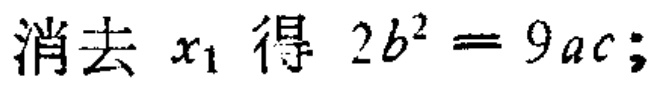
消去 \(x_{1}\) 得 \(2b^{2}=9ac\);